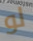
لو